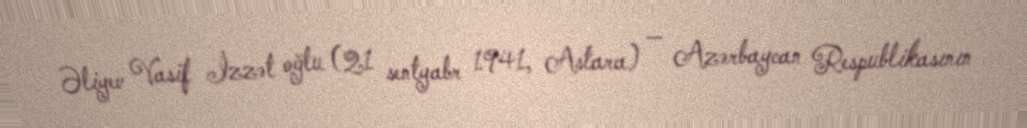
Əliyev Vasif İzzət oğlu (21 sentyabr 1941, Astara) — Azərbaycan Respublikasının